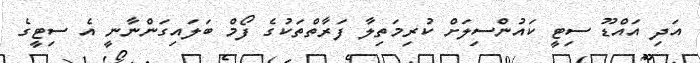
އަދި އައްޑޫ ސިޓީ ކައުންސިލަށް ކުރިމަތިލާ ފަރާތްތަކުގެ ފޯމް ބަލައިގަންނާނީ އެ ސިޓީގެ